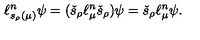
\ell _ { s _ { \rho } ( \mu ) } ^ { n } \psi = ( \check { s } _ { \rho } \ell _ { \mu } ^ { n } \check { s } _ { \rho } ) \psi = \check { s } _ { \rho } \ell _ { \mu } ^ { n } \psi .